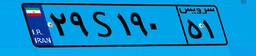
۲۹S۱۹۰۵۱